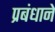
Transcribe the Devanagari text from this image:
प्रबंधाने